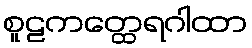
စူဠကတ္ထေရဂါထာ